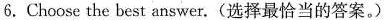
6.Choose the best answer.(选择最恰当的答案。)